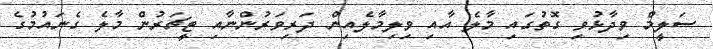
ސަލީމް ވިދާޅުވި ގޮތުގައި މާލެ އާއި ވިލިމާލެއިން ދަރިވަރުންނާއި ޓީޗަރުން މާލެ ގެނައުމުގެ